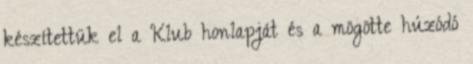
készítettük el a Klub honlapját és a mögötte húzódó